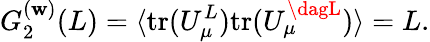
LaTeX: G_{2}^{(\mathbf{w})}(L)=\langle\mathrm{{tr}}(U_{\mu}^{L})\mathrm{{tr}}(U_{\mu}^{\dagL})\rangle=L.